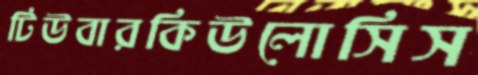
টিউবারকিউলোসিস